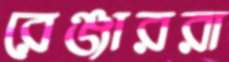
রেঞ্জাররা